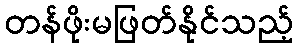
တန်ဖိုးမဖြတ်နိုင်သည့်